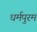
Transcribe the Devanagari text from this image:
धर्मपुरम